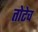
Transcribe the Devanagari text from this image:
तोटेच